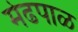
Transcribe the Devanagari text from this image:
मेढपाळ